King Institute of Preventive Medicine Bacteriolog. Section reports 1907-08
Year: 1907
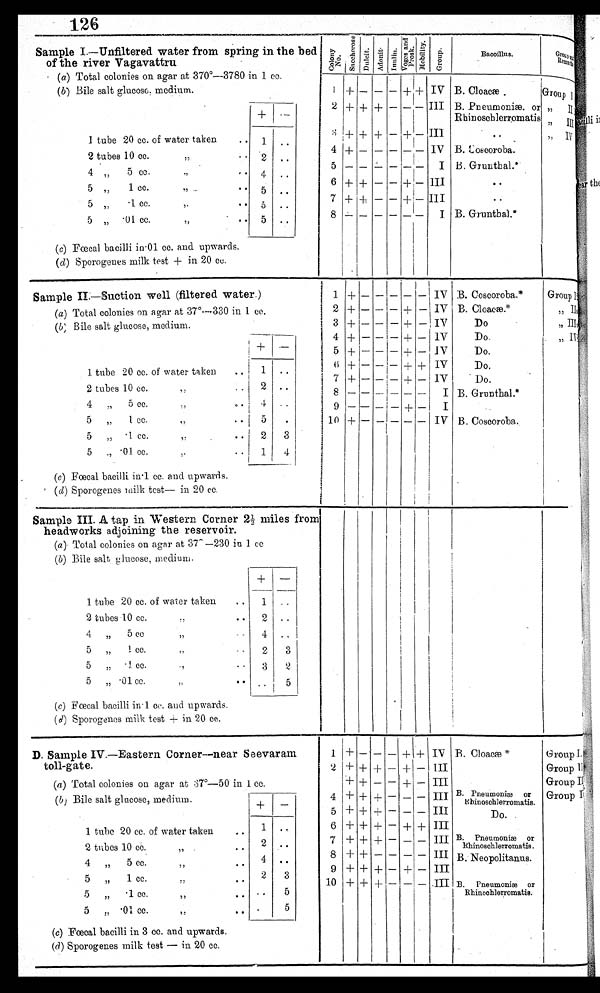
126
Sample I.—Unfiltered water from spring in the bed
of the river Vagavattru
(a) Total colonies on agar at 370°—3780 in 1 cc.
Col ony
No.
S a c c h e r o s e .
D u l c i t .
A d o n i t .
I n u l i n .
V o g e s
a n d
p r o s k .
M o b i l i t y .
G r o u p .
Bacoillus.
Group
Reamar ks.
1+ — — — + +
2 + + + — — — —
3 + + + — + —
4 + – – – –
5 — — — — — —
6 + + — — + —
7+ + — — + –
8– – – – – –
IV
III
III
IV
I
III
I
B. Cloacæ .
B. Pneumoniæ. or
Rhinoschlerromatis
.
B. Coscoroba.
B. Grunthal.*.
B. Grunthal.*
Group I
,,
I I
,,
III
, , I V
(b) Bile salt glucose, medium.
+ --
1 tube 20 cc. of water taken
..
2 tubes 10 cc.
, , ..
4 ,,
5 cc.
5 „
1 cc.
,,
..
5 „
.1 cc.
,, . .
5
.01 cc.
,, . .
1
2
5
5
5
..
..
.
.
. .
. ,
(c) Fœcal bacilli in .01 cc. and upwards.
(d) Sporogenes milk test + in 20 cc.
Sample II.—Suction well (filtered water.)
(a) Total colonies on agar at 37°—330 in 1 cc.
1 + – – – – –
2 + — — — + –
3 + — — — + —
4+ — — —+
5 + — — — + –
6+ — — — + –
7+ – - - + – 8 – – – – – –
9– – – – — + –
10 + — — — —
IV I V
IV
IV
IV
IV
IV
I
I
IV
B. Coscoroba.*
B. Cloacæ.*
Do
Do.
Do.
Do.
Do.
B. Grunthal.*
B. Coscoroba.
Group I
,, II
,, I I I
, , I V
(b) Bile salt glucose, medium.
+
_
1 tube 20 cc. of water taken
2 tubes 10 cc.
,,
4
5 cc.
,,
5 „ 1 cc.
,,
5 „ . I cc..
,,.
5,, .01 cc.
,,
1
2
4
5
2
1
..
..
. .
.
3
4
( c) Fœcal bacilli in . 1 cc. and upwards.
(d) Sporogenes milk test— in 20 cc.
Sample III. A tap in Western Corner 2½ miles from
headworks adjoining the reservoir.
(a) Total colonies on agar at 37 0 —230 in 1 cc.
(b) Bile salt. glucose, medium.
+
–
1 tube 20 cc. of water taken
..
2 tubes 10 cc.
, ,
. .
4 „ 5 cc
,,
5 „ 1 c c , , . 1
c c .
5 „ • I. cc.
.
5 „ • 01 cc..
1
2
4
2
3
. .
. .
..
. .
3
2
5
(c) Fœcal bacilli in.l cc. and upwards.
(d) Sporogenes milk test + in 20 cc.
Sample IV.—Eastern Corner--near Seevaram
toll-gate.
(a) Total colonies on agar at 37°—50 in 1 cc.
1 + — — — +
2 + + + — + —
3+ + — — + —
4 + + + — — —
5 + + + – – – —
6 ++ + — + +
7 + + + — — —
8 + + + —
+
9 + + + – + –
10 + + + – — —
IV
III
III
III
III
III
III
III
III
B. Cloacæ *
P n e u mo n æ .
B.Rhinoschlerromatis.
D o. .
B. Pneumoniæ or
Rhinoschlerromatis.
B..Neopolitanus.
B. Pneumoniæ or
Rhincchlerromatis.
GroupI
Group II
GroupIII
Group IV
(b ) Bile salt glucose, medium.
+ —
1 tube 20 cc. of water taken
. .
2 tubes 10 cc. ,,
..
4 „ 5 cc.
. .
5 „ 1 cc.,,
. .
.,
5 „ . 1 cc.
,,
..
5 „ .01 CC.
,,
..
1
. .
4
2
..
. .
..
..
. .
3
5
5
(c) Fœcal bacilli in 3 cc. and upwards.
(d) Sporogenes milk test — in 20 cc.